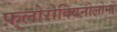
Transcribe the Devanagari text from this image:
फ़्लोरोक्विनोलोनों